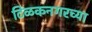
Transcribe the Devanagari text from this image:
टिळकनगरच्या